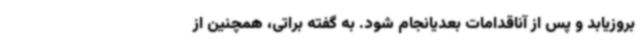
بروزیابد و پس از آناقدامات بعدیانجام شود. به گفته براتی، همچنین از